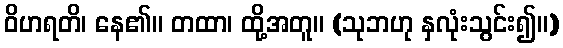
ဝိဟရတိ၊ နေ၏။ တထာ၊ ထို့အတူ။ (သုဘဟု နှလုံးသွင်း၍။)